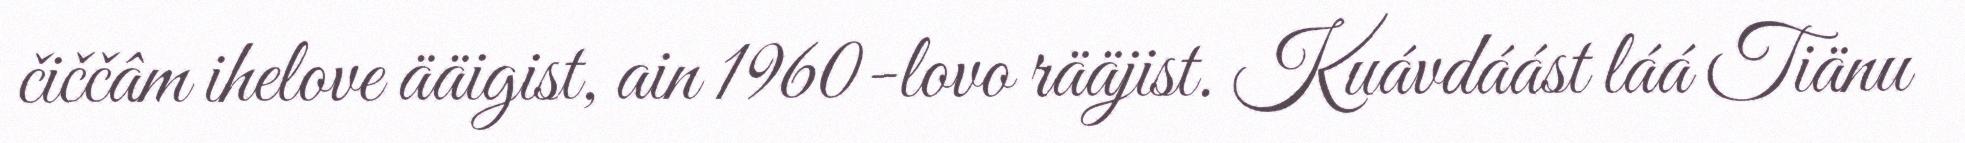
čiččâm ihelove ääigist, ain 1960-lovo rääjist. Kuávdáást láá Tiänu